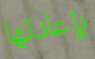
بإعادتها